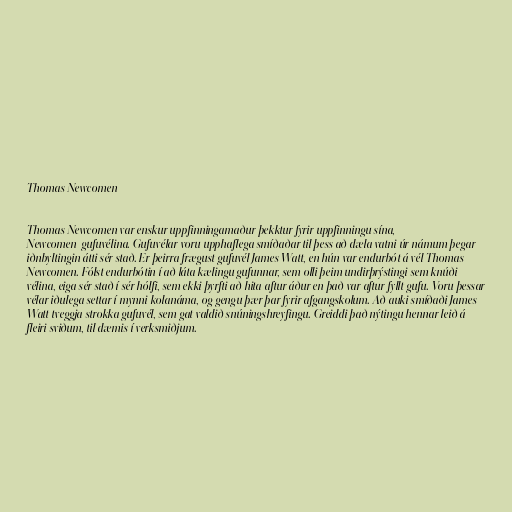
Thomas Newcomen

Thomas Newcomen var enskur uppfinningamaður þekktur fyrir uppfinningu sína,
Newcomen-gufuvélina. Gufuvélar voru upphaflega smíðaðar til þess að dæla vatni úr námum þegar
iðnbyltingin átti sér stað. Er þeirra frægust gufuvél James Watt, en hún var endurbót á vél Thomas
Newcomen. Fólst endurbótin í að láta kælingu gufunnar, sem olli þeim undirþrýstingi sem knúði
vélina, eiga sér stað í sér hólfi, sem ekki þyrfti að hita aftur áður en það var aftur fyllt gufu. Voru þessar
vélar iðulega settar í mynni kolanáma, og gengu þær þar fyrir afgangskolum. Að auki smíðaði James
Watt tveggja strokka gufuvél, sem gat valdið snúningshreyfingu. Greiddi það nýtingu hennar leið á
fleiri sviðum, til dæmis í verksmiðjum.